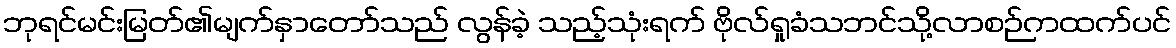
ဘုရင်မင်းမြတ်၏မျက်နှာတော်သည် လွန်ခဲ့ သည့်သုံးရက် ဗိုလ်ရှုခံသဘင်သို့လာစဉ်ကထက်ပင်